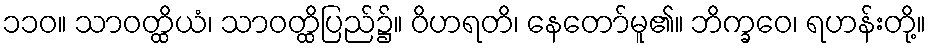
၁၁၀။ သာဝတ္ထိယံ၊ သာဝတ္ထိပြည်၌။ ဝိဟရတိ၊ နေတော်မူ၏။ ဘိက္ခဝေ၊ ရဟန်းတို့။